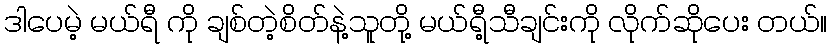
ဒါပေမဲ့ မယ်ရီ ကို ချစ်တဲ့စိတ်နဲ့သူတို့ မယ်ရီ့သီချင်းကို လိုက်ဆိုပေး တယ်။